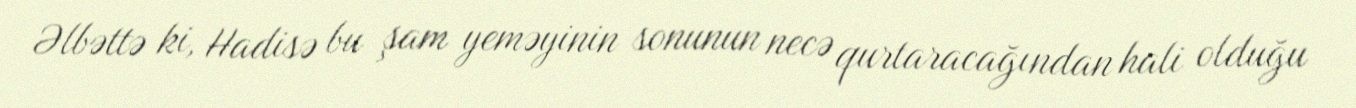
Əlbəttə ki, Hadisə bu şam yeməyinin sonunun necə qurtaracağından hali olduğu